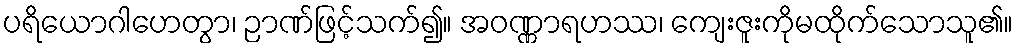
ပရိယောဂါဟေတွာ၊ ဉာဏ်ဖြင့်သက်၍။ အဝဏ္ဏာရဟဿ၊ ကျေးဇူးကိုမထိုက်သောသူ၏။